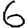
Digit: 6